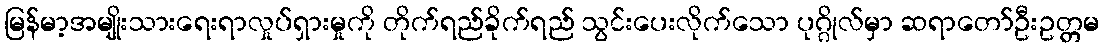
မြန်မာ့အမျိုးသားရေးရာလှုပ်ရှားမှုကို တိုက်ရည်ခိုက်ရည် သွင်းပေးလိုက်သော ပုဂ္ဂိုလ်မှာ ဆရာတော်ဦးဥတ္တမ